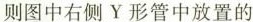
则图中右侧Y形管中放置的